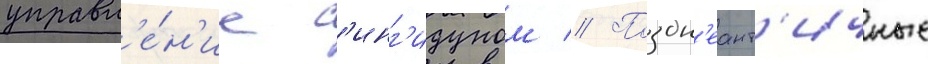
управл'е́н'ие с'инг'идуном // Поздн'еант'ичные